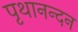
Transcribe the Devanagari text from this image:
पृथानन्दन